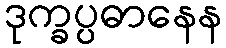
ဒုက္ခပ္ပဓာနေန